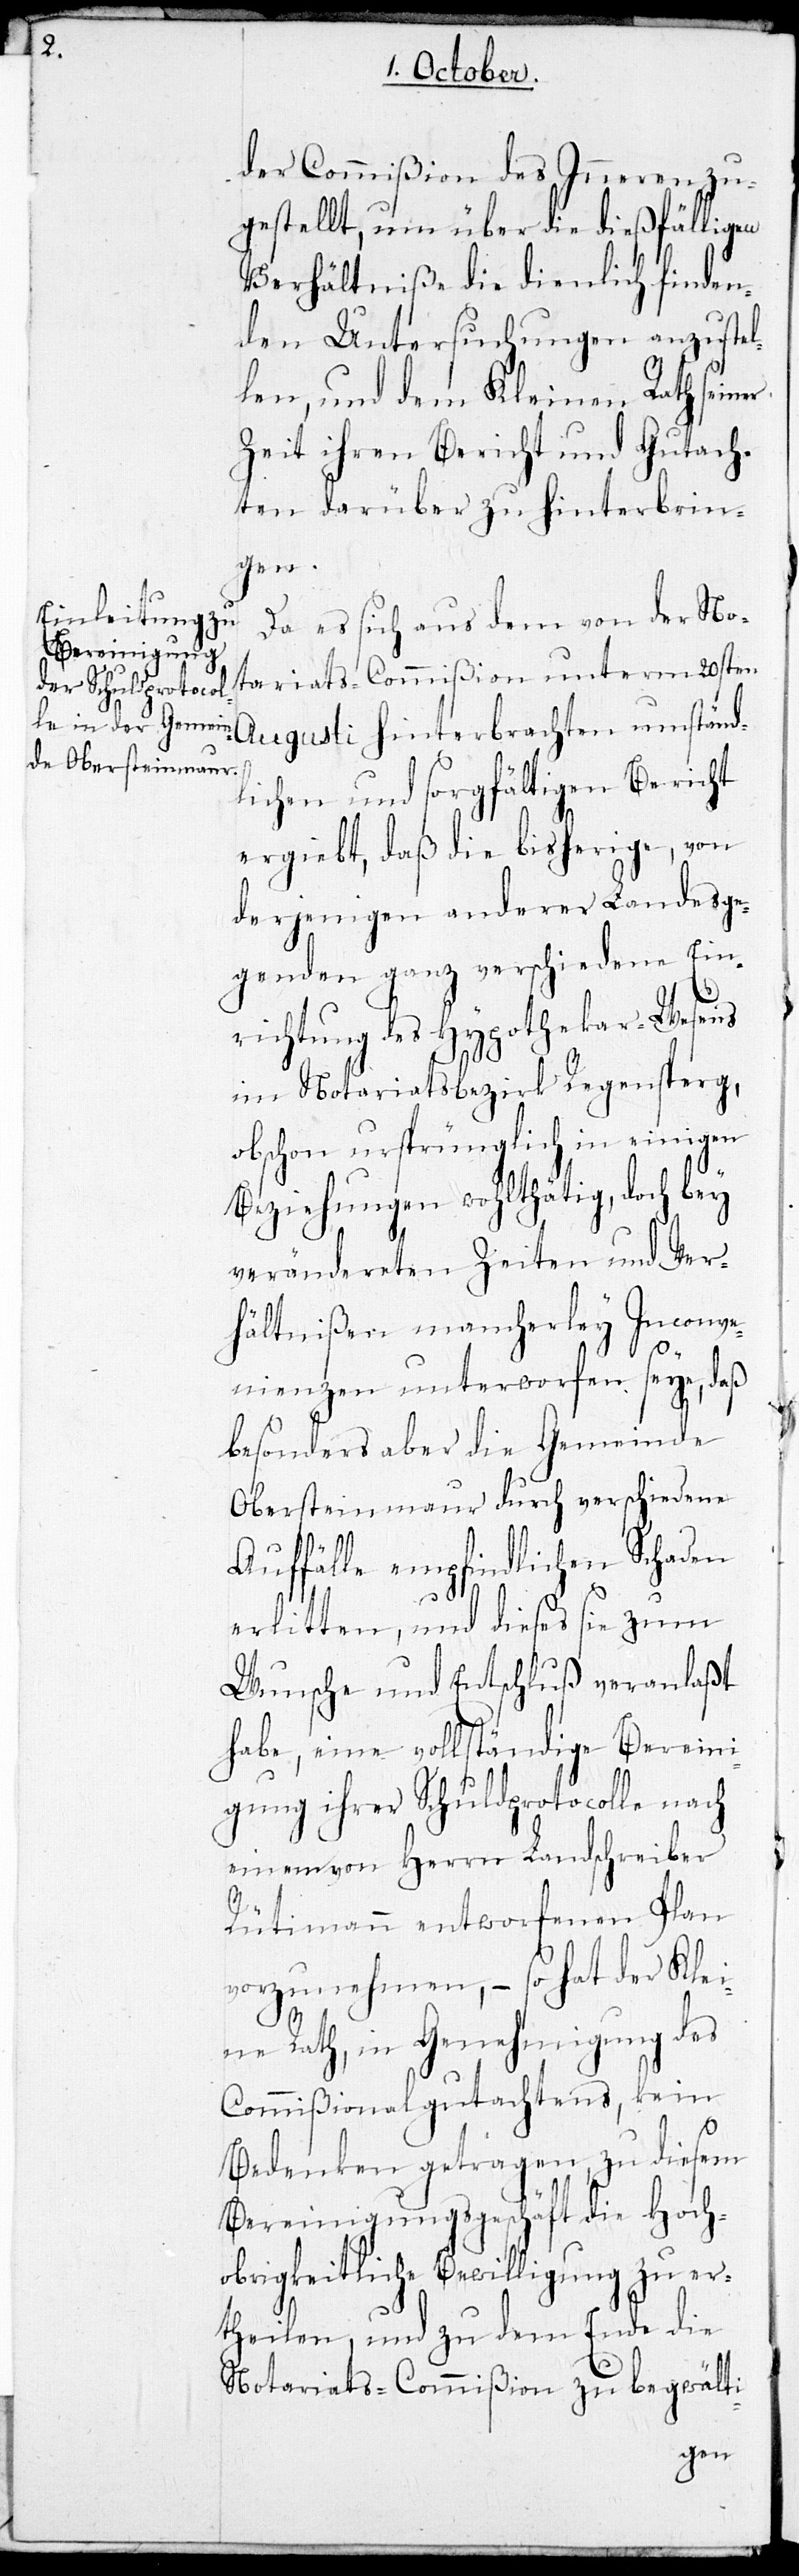
der Commißion des Inneren zu¬
gestellt, um über die dießfälligen
Verhältniße die dienlich finden¬
den Untersuchungen anzustel¬
len, und dem Kleinen Rath seiner
Zeit ihren Bericht und Gutach¬
ten darüber zu hinterbrin¬
gen.
Da es sich aus dem von der No¬
tariats-Commißion unterm 20sten
Augusti hinterbrachten umständ¬
lichen und sorgfältigen Bericht
ergiebt, daß die bisherige, von
derjenigen anderer Landesge¬
genden ganz verschiedene Ein¬
richtung des Hypothekar-Wesens
im Notariatsbezirk Regensberg,
obschon ursprünglich in einigen
Beziehungen wohlthätig, doch bey
verändereten Zeiten und Ver¬
hältnißen mancherley Inconve¬
nienzen unterworfen seye, daß
besonders aber die Gemeinde
Obersteinmaur durch verschiedene
Auffälle empfindlichen Schaden
erlitten, und dieses sie zum
Wunsche und Entschluß veranlaßt
habe, eine vollständige Bereini¬
gung ihrer Schuldprotocolle nach
einem von Herrn Landschreiber
Rütimann entworfenen Plan
vorzunehmen, – so hat der Klei¬
ne Rath, in Genehmigung des
Commißionalgutachtens, kein
Bedenken getragen, zu diesem
Bereinigungsgeschäft die Hocho¬
brigkeitliche Bewilligung zu er¬
theilen, und zu dem Ende die
Notariats-Commißion zu begwälti-